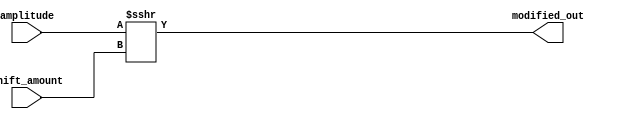
module adsr_modification(amplitude, shift_amount, modified_out);
	input [15:0] amplitude;
	input [3:0] shift_amount;
	output [15:0] modified_out;
	
	assign modified_out = amplitude >>> shift_amount;

endmodule